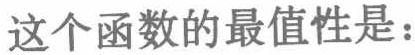
这个函数的最值性是：